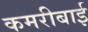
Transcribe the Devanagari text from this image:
कमरीबाई